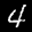
Label: 4